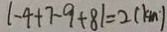
\vert - 4 + 7 - 9 + 8 \vert = 2 ( k m )